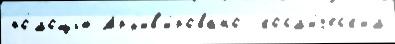
по́мощью Арх'ив'и́ровано  косм'и́ческ'им